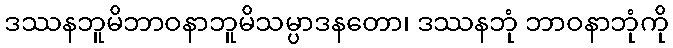
ဒဿနဘူမိဘာဝနာဘူမိသမ္ပာဒနတော၊ ဒဿနဘုံ ဘာဝနာဘုံကို